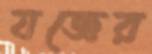
যজ্ঞের